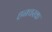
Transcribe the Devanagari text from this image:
हनचरक